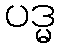
ပဒ္မ